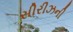
સીરીઝની